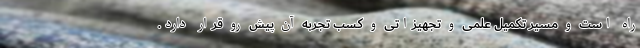
راه است و مسیر تکمیل علمی و تجهیزاتی و کسب تجربه آن پیش رو قرار دارد.